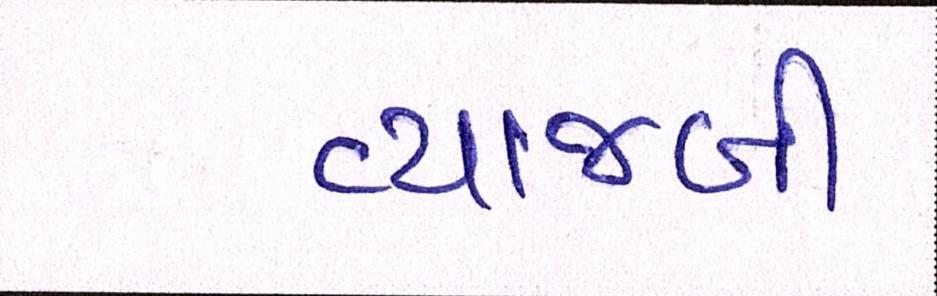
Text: વ્યાજબી